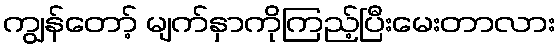
ကျွန်တော့် မျက်နှာကိုကြည့်ပြီးမေးတာလား